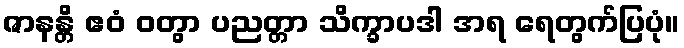
ဇာနန္တိ ဧဝံ ဝတွာ ပညတ္တာ သိက္ခာပဒါ အရ ရေတွက်ပြပုံ။